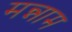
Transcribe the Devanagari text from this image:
मन्नाम